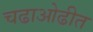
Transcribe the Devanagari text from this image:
चढाओढीत